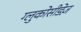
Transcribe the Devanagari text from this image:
ग्लुकोसीडेज़